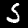
Digit: 5